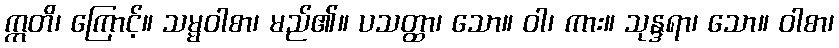
ဣတိ၊ ကြောင့်။ သမ္မဝါစာ၊ မည်၏။ ပသတ္ထာ၊ သော။ ဝါ၊ ကား။ သုန္ဒရာ၊ သော။ ဝါစာ၊